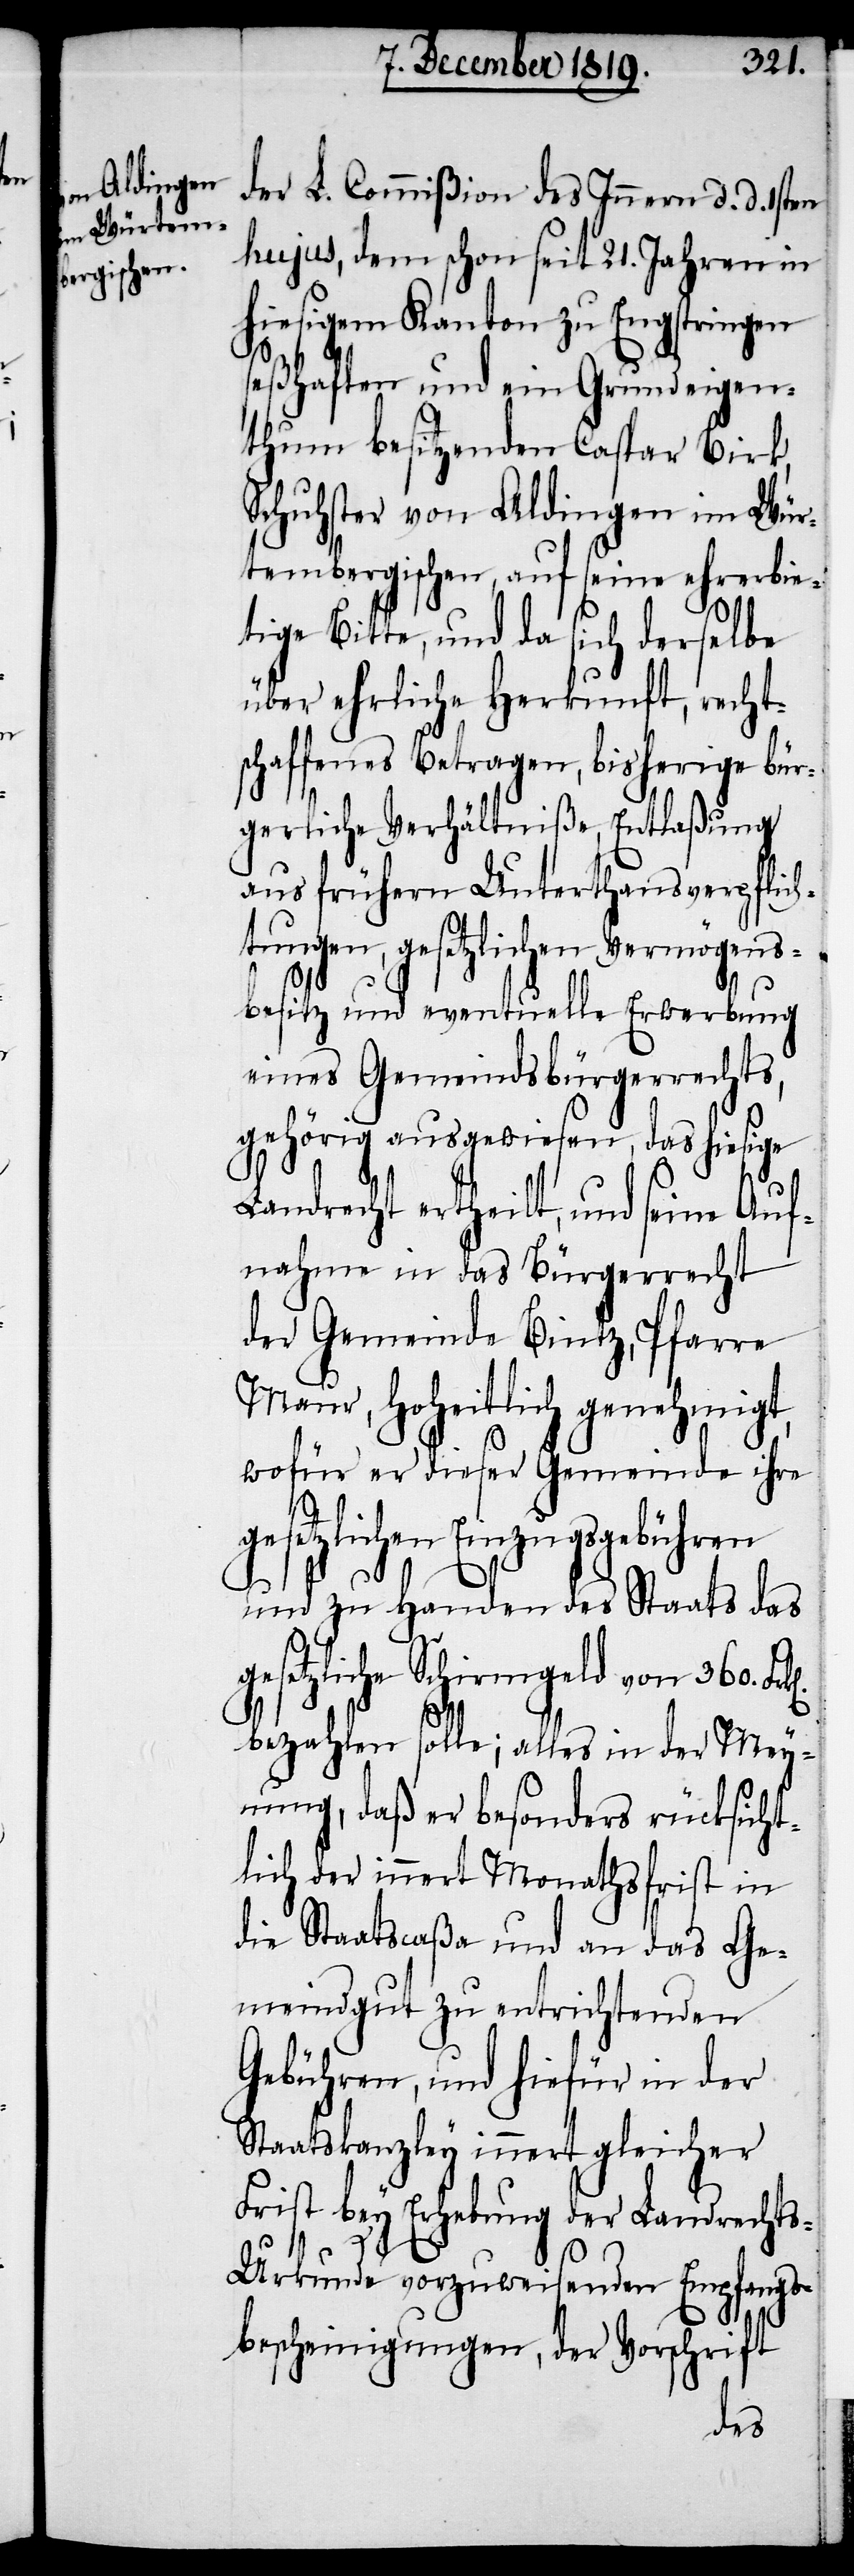
der L. Commißion des Innern d. d. 1sten
hujus, dem schon seit 21. Jahren in
hiesigem Kanton zu Engstringen
seßhaften und ein Grundeigen¬
thum besitzenden Caspar Birk,
Schuhster von Aldingen im Wür¬
tembergischen, auf seine ehrerbie¬
tige Bitte, und da sich derselbe
über ehrliche Herkunft, recht¬
schaffenes Betragen, bisherige bür¬
gerliche Verhältniße, Entlaßung
aus frühern Unterthansverpflich¬
tungen, gesetzlichen Vermögens¬
besitz und eventuelle Erwerbung
eines Gemeindsbürgerrechts,
gehörig ausgewiesen, das hiesige
Landrecht ertheilt, und seine Auf¬
nahme in das Bürgerrecht
der Gemeinde Bintz, Pfarre
Maur, hoheitlich genehmigt,
wofür er dieser Gemeinde ihre
gesetzlichen Einzugsgebühren
und zu Handen des Staats das
gesetzliche Schirmgeld von 360.
bezahlen solle; alles in der Mey¬
nung, daß er besonders rücksicht¬
lich der innert Monathsfrist in
die Staatscaßa und an das Ge¬
meindgut zu entrichtenden
Gebühren, und hiefür in der
Staatskanzley innert gleicher
Frist bey Erhebung der Landrecht¬
s-Urkunde vorzuweisenden Empfangs¬
bescheinigungen, der Vorschrift